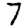
Digit: 7